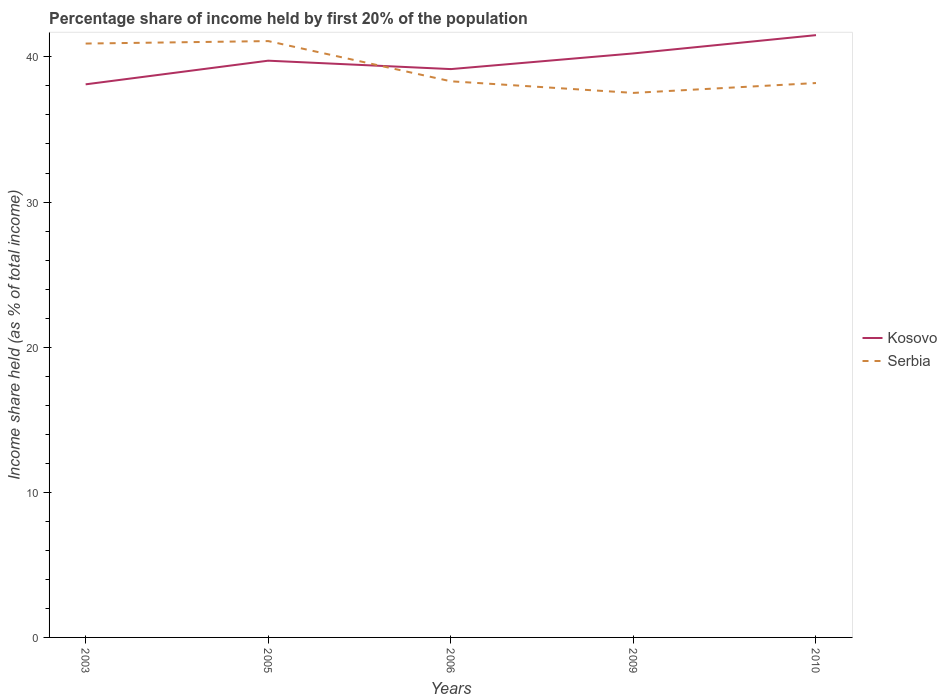
| Years | Kosovo | Serbia |
 | --- | --- | --- |
 | 2003 | 38.1 | 40.9 |
 | 2005 | 39.7 | 41.1 |
 | 2006 | 39.2 | 38.3 |
 | 2009 | 40.2 | 37.5 |
 | 2010 | 41.5 | 38.2 |